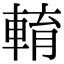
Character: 𨌯